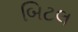
બિટલ